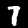
Digit: 7